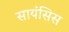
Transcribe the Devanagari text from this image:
सायंसिस